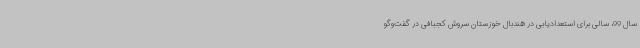
سال 99، سالی برای استعدادیابی در هندبال خوزستان سروش کجبافی در گفت‌وگو